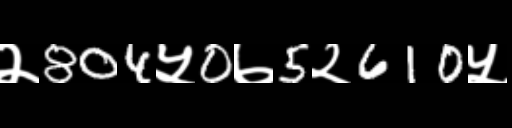
Text: २804५0७5२610५